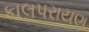
કાલપરાયણ